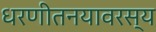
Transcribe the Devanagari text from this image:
धरणीतनयावरस्य